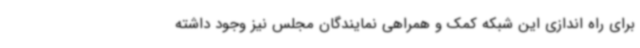
برای راه اندازی این شبکه کمک و همراهی نمایندگان مجلس نیز وجود داشته